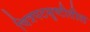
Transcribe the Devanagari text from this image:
चित्रपटसॄष्टीतील